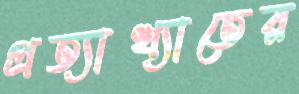
প্রত্যাখ্যাতের